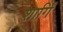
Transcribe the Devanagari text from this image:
शार्गिं